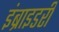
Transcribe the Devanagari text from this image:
इंब्राइडरी